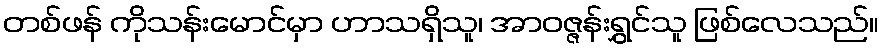
တစ်ဖန် ကိုသန်းမောင်မှာ ဟာသရှိသူ၊ အာဝဇ္ဇန်းရွှင်သူ ဖြစ်လေသည်။